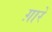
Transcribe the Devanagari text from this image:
ग़ारे